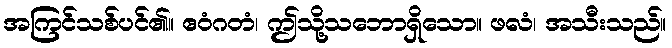
အကြင်သစ်ပင်၏။ ဧဝံဂတံ၊ ဤသို့သဘောရှိသော။ ဖလံ၊ အသီးသည်။